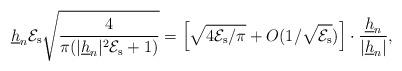
LaTeX: \begin{align*}\underline{h}_n\mathcal{E}_\mathrm{s}\sqrt{\frac{4}{\pi(|\underline{h}_n|^2\mathcal{E}_\mathrm{s}+1)}}=\left[\sqrt{4\mathcal{E}_\mathrm{s}/\pi}+O(1/\sqrt{\mathcal{E}_\mathrm{s}})\right]\cdot\frac{\underline{h}_n}{|\underline{h}_n|},\end{align*}